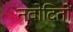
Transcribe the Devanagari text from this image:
नवोदितों